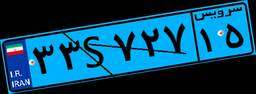
۷۸S۴۱۳۶۲